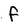
Character: F